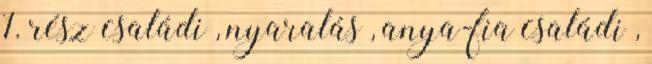
1. rész családi , nyaralás , anya-fia családi ,